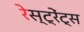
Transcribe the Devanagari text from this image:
रेस्ट्रेंट्स